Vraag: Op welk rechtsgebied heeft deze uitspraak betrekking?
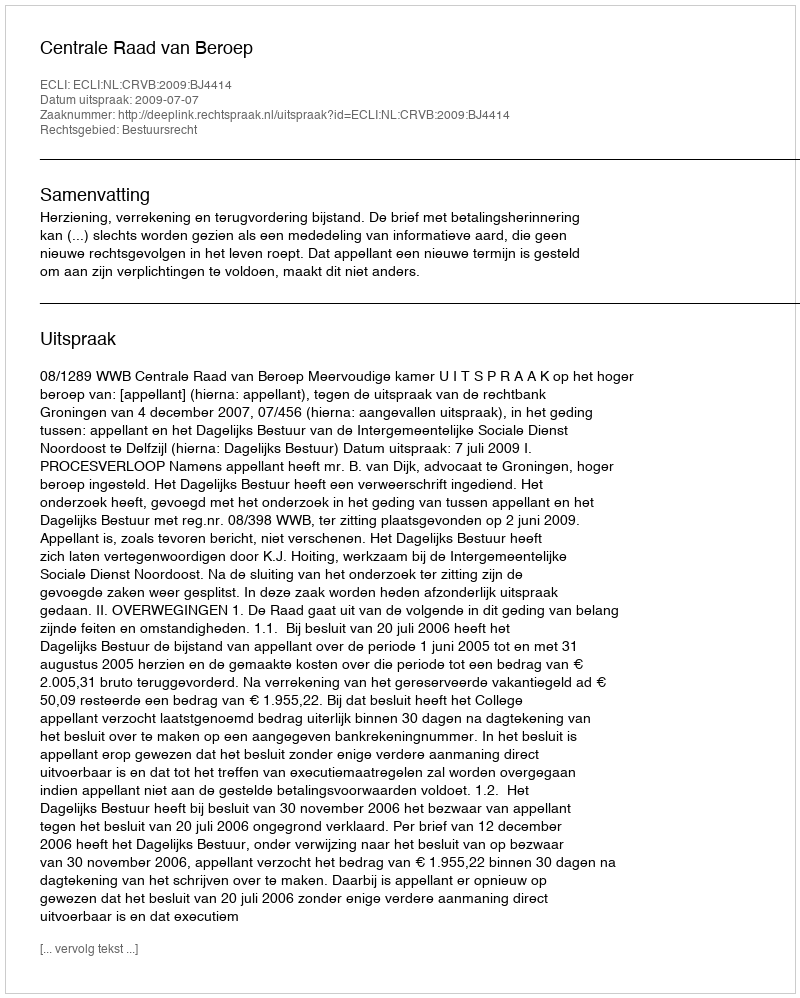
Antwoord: Bestuursrecht